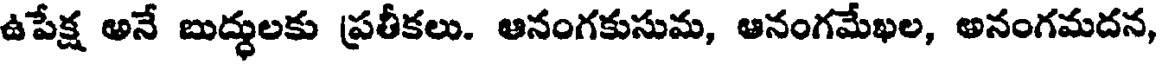
ఉపేక్ష అనే బుద్ధులకు ప్రతీకలు. ఆనంగకుసుమ, ఆనంగమేఖల, అనంగమదన,